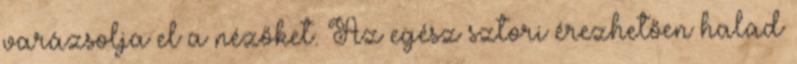
varázsolja el a nézőket. Az egész sztori érezhetően halad